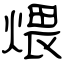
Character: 煨